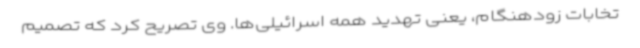
تخابات زودهنگام، یعنی تهدید همه اسرائیلی‌ها. وی تصریح کرد که تصمیم